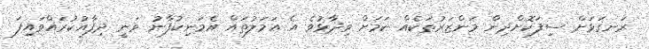
ރަނގަޅަށް ސިފަކޮށްދިން މަންޒަރުތަކެއް ކަމަށް ވިދާޅުވެ އެ އަމަލުތައް އެމަނިކުފާނު ވަނީ ދިފާއުކުރައްވައިފަ